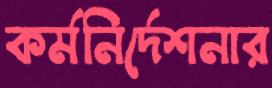
কর্মনির্দেশনার